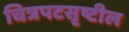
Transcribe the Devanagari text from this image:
चित्रपटसृष्टील